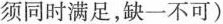
须同时满足，缺一不可）